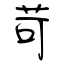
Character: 苛